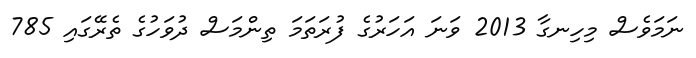
ނަމަވެސް މިހިނގާ 2013 ވަނަ އަހަރުގެ ފުރަތަމަ ތިންމަސް ދުވަހުގެ ތެރޭގައި 785